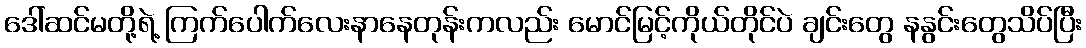
ဒေါ်ဆင်မတို့ရဲ့ ကြက်ပေါက်လေးနာနေတုန်းကလည်း မောင်မြင့်ကိုယ်တိုင်ပဲ ချင်းတွေ နနွင်းတွေသိပ်ပြီး